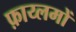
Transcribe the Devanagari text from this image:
फ़ाय्लमों